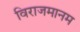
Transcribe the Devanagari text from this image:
विराजमानम